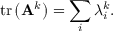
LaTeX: \operatorname { t r } \left( \mathbf { A } ^ { k } \right) = \sum _ { i } \lambda _ { i } ^ { k } .